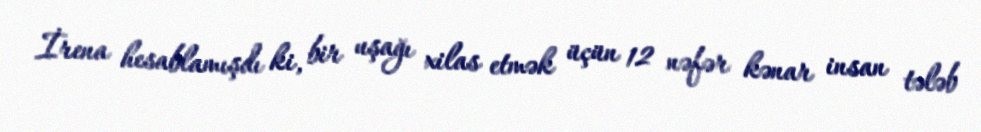
İrena hesablamışdı ki, bir uşağı xilas etmək üçün 12 nəfər kənar insan tələb